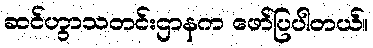
ဆင်ဟွာသတင်းဌာနက ဖော်ပြပါတယ်။